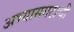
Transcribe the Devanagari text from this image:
अभ्यासगटाची